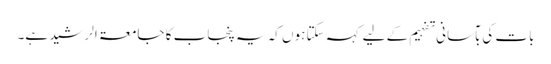
بات کی بآسانی تفہیم کے لیے کہہ سکتا ہوں کہ یہ پنجاب کا جامعۃ الرشید ہے۔